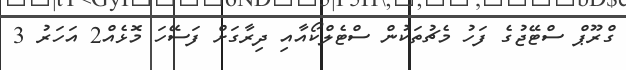
ގްރޫޕް ސްޓޭޖުގެ ފަހު މެޗުތަކުން ސްޓެލްކޯއާއި ދިރާގަށް ފަސޭހަ މޮޅެއް2 އަހަރު 3